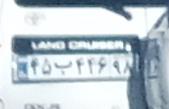
۴۵ب۴۴۶۹۸